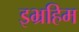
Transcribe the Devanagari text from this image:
इभ्रहिम